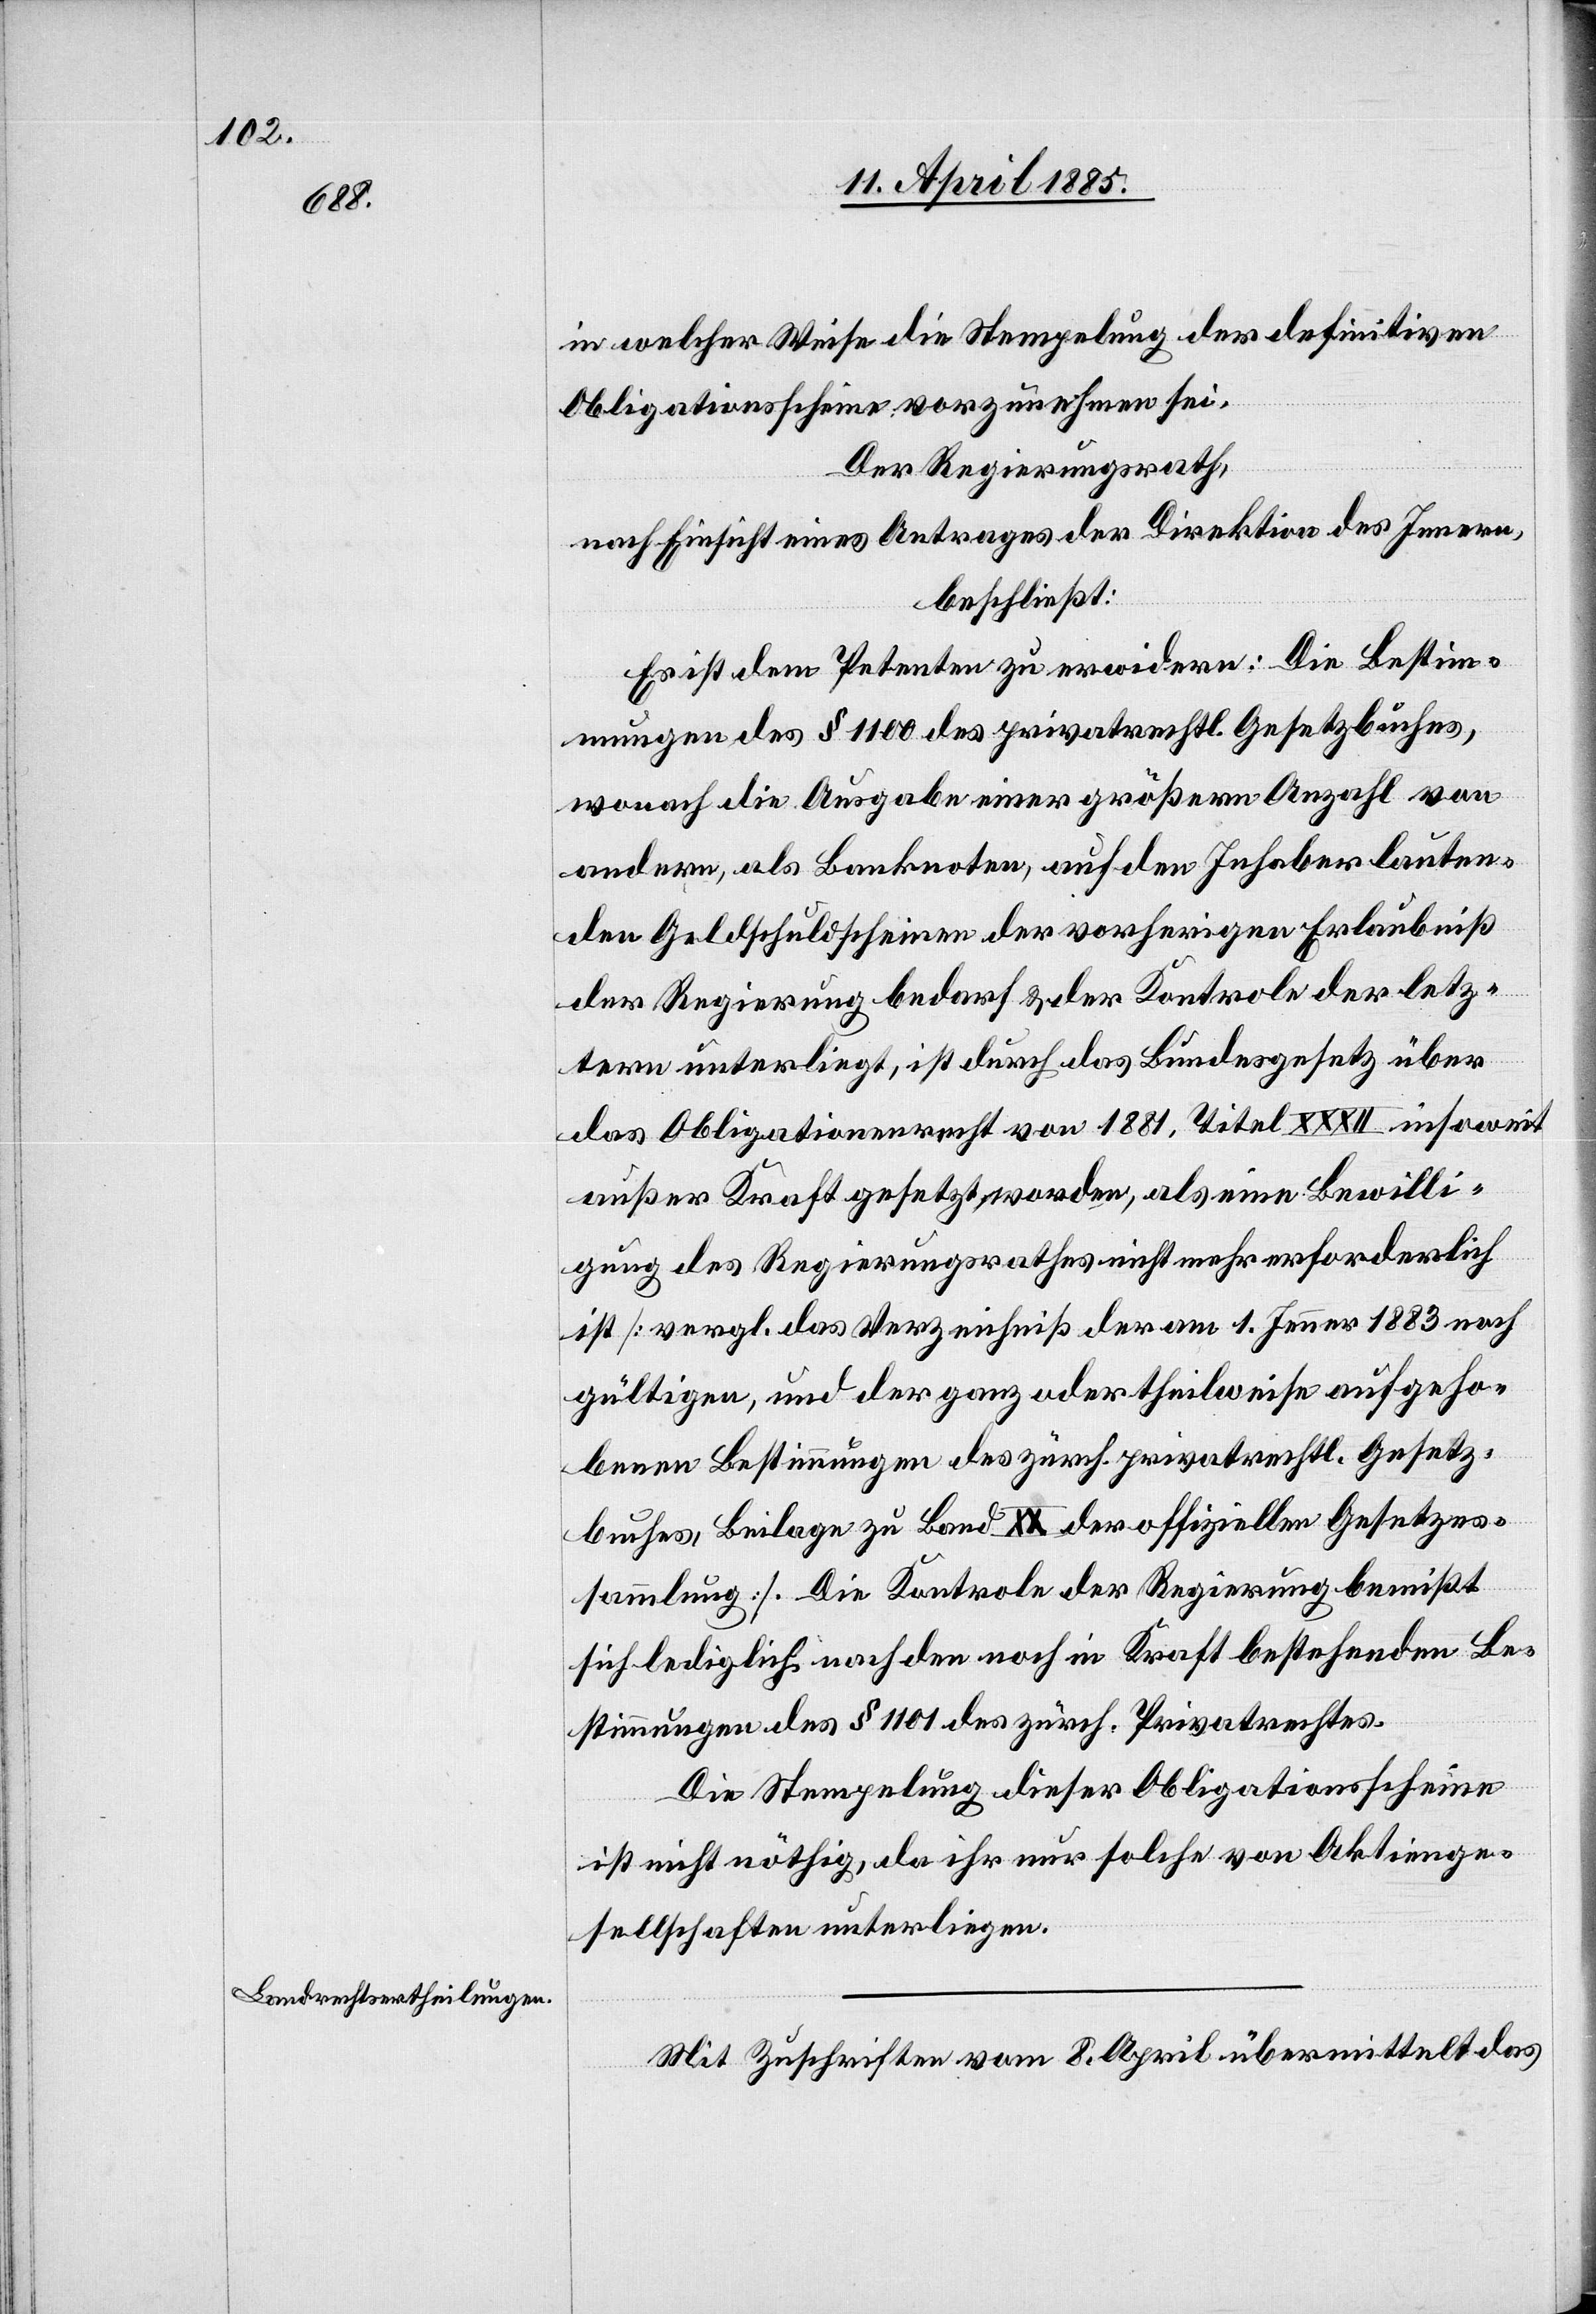
in welcher Weise die Stempelung der definitiven
Obligationsscheine vorzunehmen sei.
Der Regierungsrath,
nach Einsicht eines Antrages der Direktion des Innern,
beschließt:
Es ist dem Petenten zu erwidern: Die Bestim¬
mungen des § 1100 des privatrechtl. Gesetzbuches,
wonach die Ausgabe einer größern Anzahl von
anderm, als Banknoten, auf den Inhaber lauten¬
den Geldschuldscheinen der vorherigen Erlaubnis
der Regierung bedarf & der Kontrole der letz¬
tern unterliegt, ist durch das Bundesgesetz über
das Obligationenrecht von 1881, Titel XXXII insoweit
außer Kraft gesetzt, worden, als eine Bewilli¬
gung des Regierungsrathes nicht mehr erforderlich
ist [vergl. das Verzeichniß der am . Jenner 1883 noch
gültigen, und der ganz oder theilweise aufgeho¬
benen Bestimmungen des zürch. privatrechtl. Gesetz¬
buches, Beilage zu Band XX der offiziellen Gesetzes¬
sammlung]. Die Kontrole der Regierung bemißt
sich lediglich nach den noch in Kraft bestehenden Be¬
stimmungen des § 1101 des zürch. Privatrechtes.
Die Stempelung dieser Obligationsscheine
ist nicht nöthig, da ihr nur solche von Aktienge¬
sellschaften unterliegen.
Mit Zuschrift vom 8. April übermittelt das